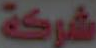
شركة